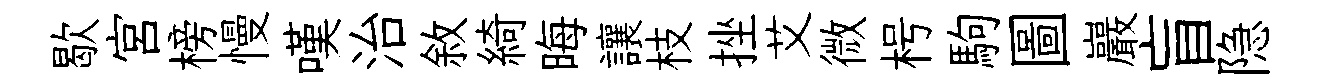
歇宫榜慢嘆治敘綺晦讓枝挫艾微枵駒圖巖盲隐